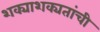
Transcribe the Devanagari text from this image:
शक्याशक्यतांची